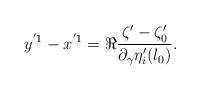
LaTeX: \begin{align*}y^{'1}-x^{'1}=\Re\frac{\zeta'-\zeta'_0}{\partial_{\gamma}\eta'_i(l_0)}.\end{align*}